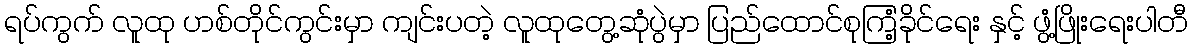
ရပ်ကွက် လူထု ဟစ်တိုင်ကွင်းမှာ ကျင်းပတဲ့ လူထုတွေ့ဆုံပွဲမှာ ပြည်ထောင်စုကြံ့ခိုင်ရေး နှင့် ဖွံ့ဖြိုးရေးပါတီ